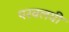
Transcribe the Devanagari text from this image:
परवलयी